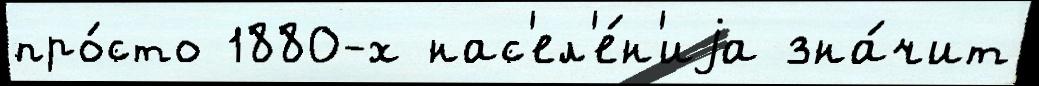
про́сто 1880-х нас'ел'е́н'иjа зна́чит